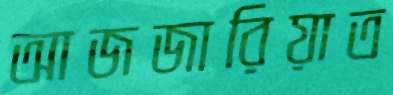
আজজারিয়াত